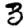
Digit: 3